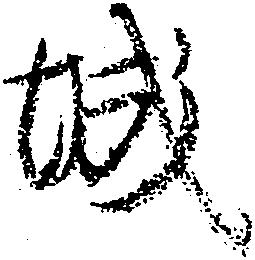
城